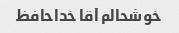
خوشحالم آقا خداحافظ